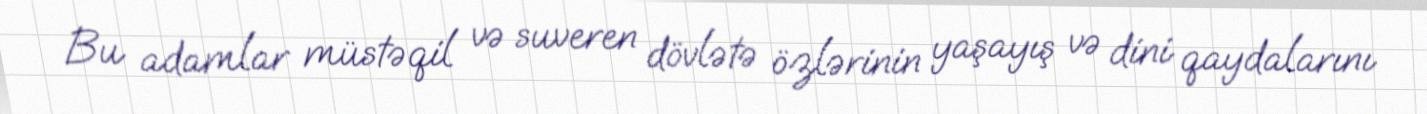
Bu adamlar müstəqil və suveren dövlətə özlərinin yaşayış və dini qaydalarını